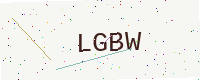
Text: LGBW